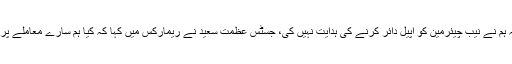
وکیل اسحاق ڈار نے کہا کہ نیب نے فائل بند کر دی ہے جس پر جسٹس اعجاز افضل نے ریمارکس دیئے کہ ہم نے نیب چیئرمین کو اپیل دائر کرنے کی ہدایت نہیں کی، جسٹس عظمت سعید نے ریمارکس میں کہا کہ کیا ہم سارے معاملے پر آنکھیں بند کر لیں جس پر طارق حسن ایڈووکیٹ نے کہا کہ اسحاق ڈار کا سارے کیس سے کوئی تعلق نہیں۔